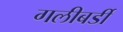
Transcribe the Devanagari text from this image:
गलीबर्डी